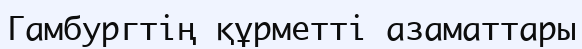
Гамбургтің құрметті азаматтары